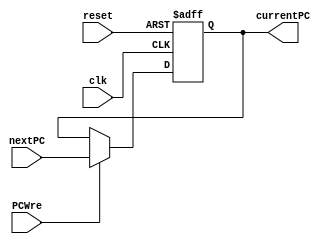
`timescale 1ns / 1ps
//////////////////////////////////////////////////////////////////////////////////
// Company: 
// Engineer: 
// 
// Design Name: 
// Module Name: PC
// Project Name: 
// Target Devices: 
// Tool Versions: 
// Description: 
// 
// Dependencies: 
// 
// Revision:
// Revision 0.01 - File Created
// Additional Comments:
// 
//////////////////////////////////////////////////////////////////////////////////


module PC(
    input clk,
    input reset,
    input PCWre,
    input[31:0] nextPC,
    output reg[31:0] currentPC
    );
    always@(posedge clk or negedge reset)
    begin
        if(reset == 0)
        begin
            currentPC <= 0;;
        end
        else if(PCWre)
        begin
            currentPC <= nextPC;
        end
    end
endmodule